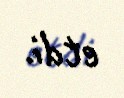
etdi.